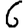
Digit: 6